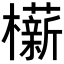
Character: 𬅋